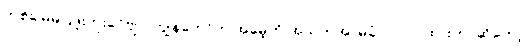
တစ်ခါမှမပြဖူးဘူးခင်ဗျာ၊ ကျွန်တော်က အမေ့ကို အသက်အာမခံလဲ လုပ်ထားတာဆိုတော့